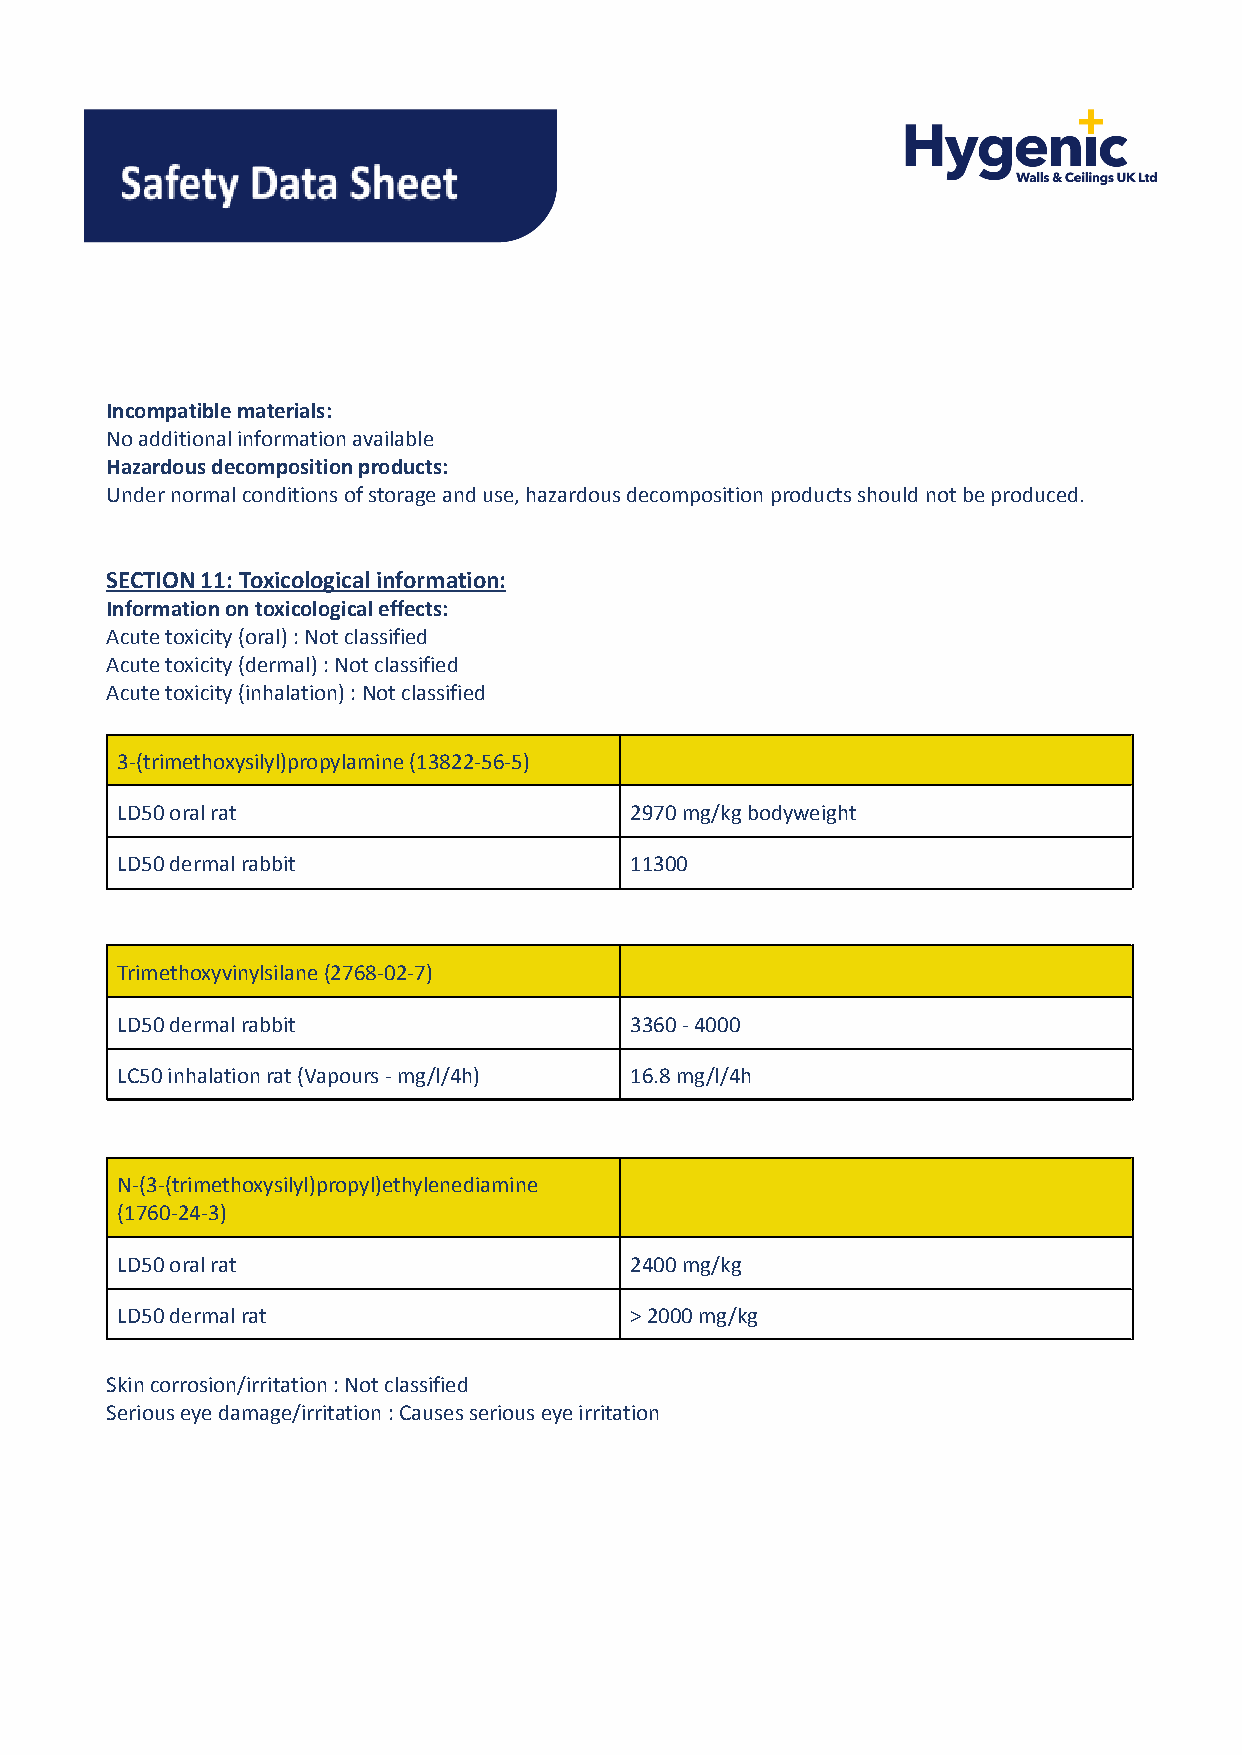
Incompatible materials:
 No additional information available
 Hazardous decomposition products:
 Under normal conditions of storage and use, hazardousdecomposition products should not be produced.
 SECTION 11: Toxicological information:
 Information on toxicological effects:
 Acute toxicity (oral) : Not classified
 Acute toxicity (dermal) : Not classified
 Acute toxicity (inhalation) : Not classified
 3-(trimethoxysilyl)propylamine (13822-56-5)
 LD50 oral rat                     2970 mg/kg bodyweight
 LD50 dermal rabbit                11300
 Trimethoxyvinylsilane (2768-02-7)
 LD50 dermal rabbit                3360 - 4000
 LC50 inhalation rat (Vapours - mg/l/4h) 16.8 mg/l/4h
 N-(3-(trimethoxysilyl)propyl)ethylenediamine
 (1760-24-3)
 LD50 oral rat                     2400 mg/kg
 LD50 dermal rat                   > 2000 mg/kg
 Skin corrosion/irritation : Not classified
 Serious eye damage/irritation : Causes serious eyeirritation